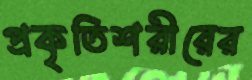
প্রকৃতিশরীরের